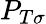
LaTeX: P_{T\sigma}